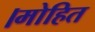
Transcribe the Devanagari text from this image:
।मोहित